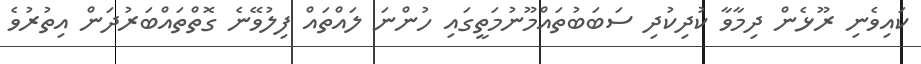
ކައިވެނި ރޫޅެން ދިމާވާ ކުދިކުދި ސަބަބުތައްމޫނުމަތީގައި ހުންނަ ލައްތައް ފިލުވޭނެ ގޮތްތައްބަރުދަން އިތުރުވެ